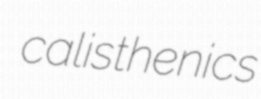
calisthenics